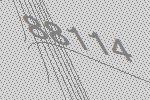
88114